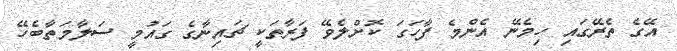
އޭގެ ތެރޭގައި ހިމެނޭ އެންމެ ފާހަގަ ކޮށްލެވޭ ފަރާތަކީ ޗައިނާގެ ގައުމީ ސަލާމަތާބެހޭ